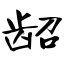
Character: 龆